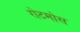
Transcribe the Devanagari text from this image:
रोटमोस